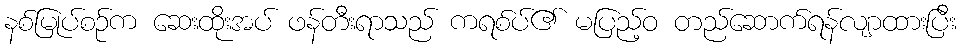
နစ်မြုပ်စဉ်က ဆေးထိုးအပ် ဖန်တီးရာသည် ကရစ်ပ်၏ မပြည့်ဝ တည်ဆောက်ရန်လျာထားပြီး